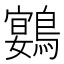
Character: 𮭍